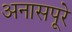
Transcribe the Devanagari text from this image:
अनासपूरे